Leaving Certificate Examination (including Day School Certificate (Higher) General paper), 1928
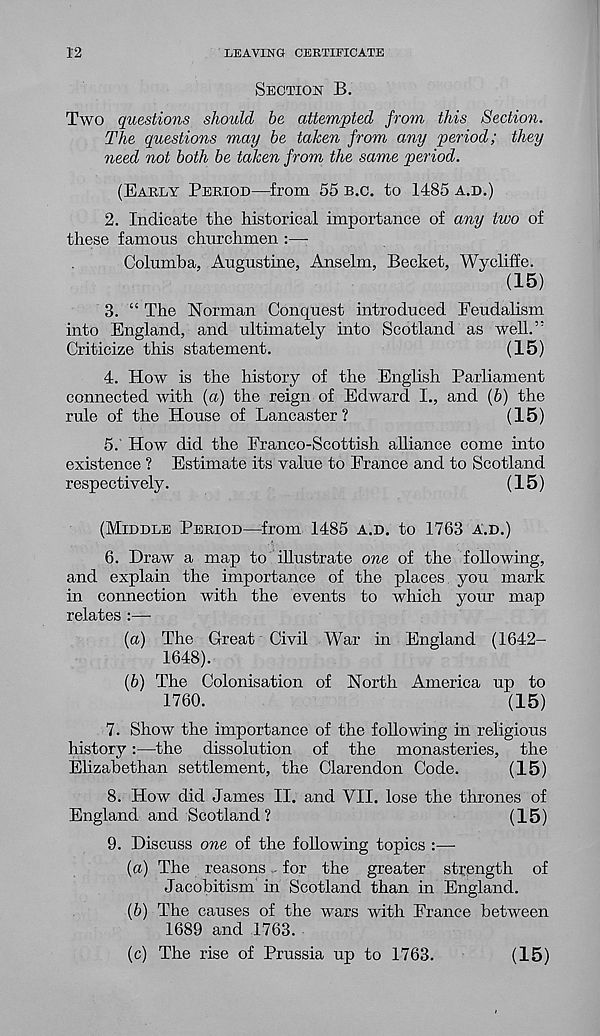
12
LEAVING CERTIFICATE
SECTION B.
Two questions should he attempted from this Section.
The questions may be taken from any period; they
need not both be taken from the same period.
(EARLY PERIOD—from 55 B.C. to 1485 A.D.)
2. Indicate the historical importance of any two of
these famous churchmen :—-
Columba, Augustine, Anselm, Becket, Wycliffe.
(15)
3. “ The Norman Conquest introduced Feudalism
into England, and ultimately into Scotland as well.’'
Criticize this statement.
(15)
4. How is the history of the English Parliament
connected with {a) the reign of Edward I., and (b) the
rule of the House of Lancaster ?
(15)
5. How did the Eranco-Scottish alliance come into
existence ? Estimate its value to France and to Scotland
respectively.
(15)
(MIDDLE PERIOD—from 1485 A.D. to 1763 A.D.)
6. Draw a map to illustrate one of the following,
and explain the importance of the places you mark
in connection with the events to which your map
relates :—
(a) The Great Civil War in England (1642-
1648).
(b) The Colonisation of North America up to
1760.
(15)
7. Show the importance of the following in religious
history:—the dissolution of the monasteries, the
Elizabethan settlement, the Clarendon Code.
(15)
8. How did James II. and VII. lose the thrones of
England and Scotland?
(15)
9. Discuss one of the following topics :—-
(a) The reasons . for the greater strength of
Jacobitism in Scotland than in England.
{b) The causes of the wars with France between
1689 and 1763.
(c) The rise of Prussia up to 1763.
(15)